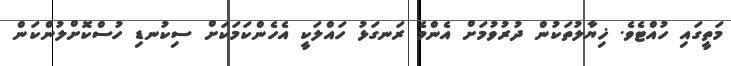
މަތީގައި ހުއްޓެވެ. ޚިޔާލުތަކުން ދުރުވުމަށް އެންމެ ރަނގަޅު ހައްލަކީ އެހެންކަމަކަށް ސިކުނޑި ހުސްކޮށްލުންކަން